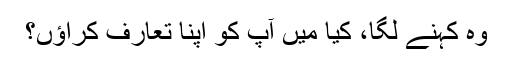
وہ کہنے لگا، کیا میں آپ کو اپنا تعارف کراؤں؟